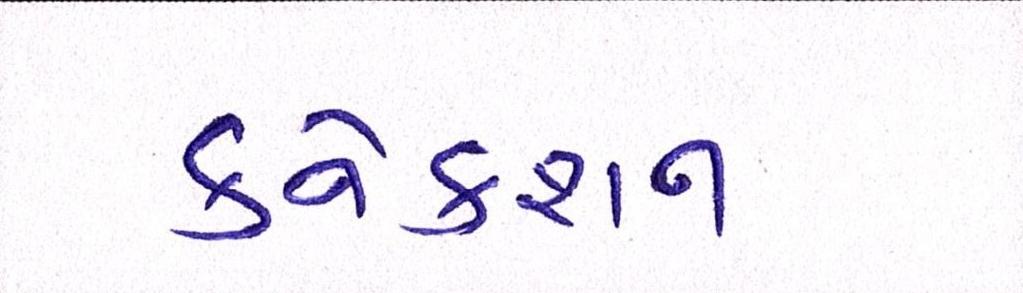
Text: કનેકશન